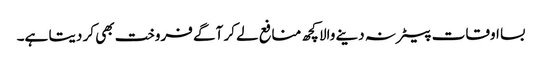
بسا اوقات بیعانہ دینے والا کچھ منافع لے کر آگے فروخت بھی کر دیتا ہے۔